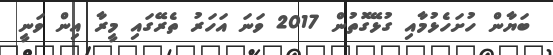
ބަޔާން ހުށަހެޅުމާއި ގުޅޭގޮތުން 2017 ވަނަ އަހަރު ތެރޭގައި މީރާ އިން ވަނީ